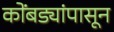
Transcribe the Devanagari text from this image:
कोंबड्यांपासून